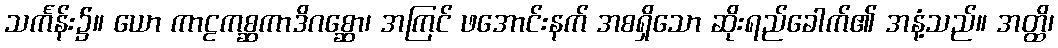
သင်္ကန်း၌။ ယော ကာဠကစ္ဆကာဒိဂစ္ဆော၊ အကြင် ဖအောင်းနက် အစရှိသော ဆိုးရည်ခေါက်၏ အနံ့သည်။ အတ္ထိ၊